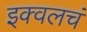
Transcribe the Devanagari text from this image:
इक्वलचं